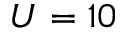
U = 1 0